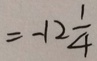
= - 1 2 \frac { 1 } { 4 }